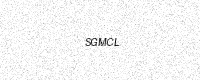
Text: SGMCL